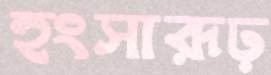
হংসারূঢ়